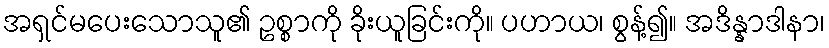
အရှင်မပေးသောသူ၏ ဥစ္စာကို ခိုးယူခြင်းကို။ ပဟာယ၊ စွန့်၍။ အဒိန္နာဒါနာ၊